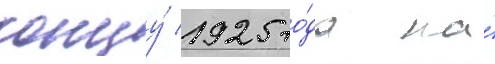
концу́ 1925 го́да на́